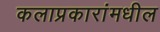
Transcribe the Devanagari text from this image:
कलाप्रकारांमधील